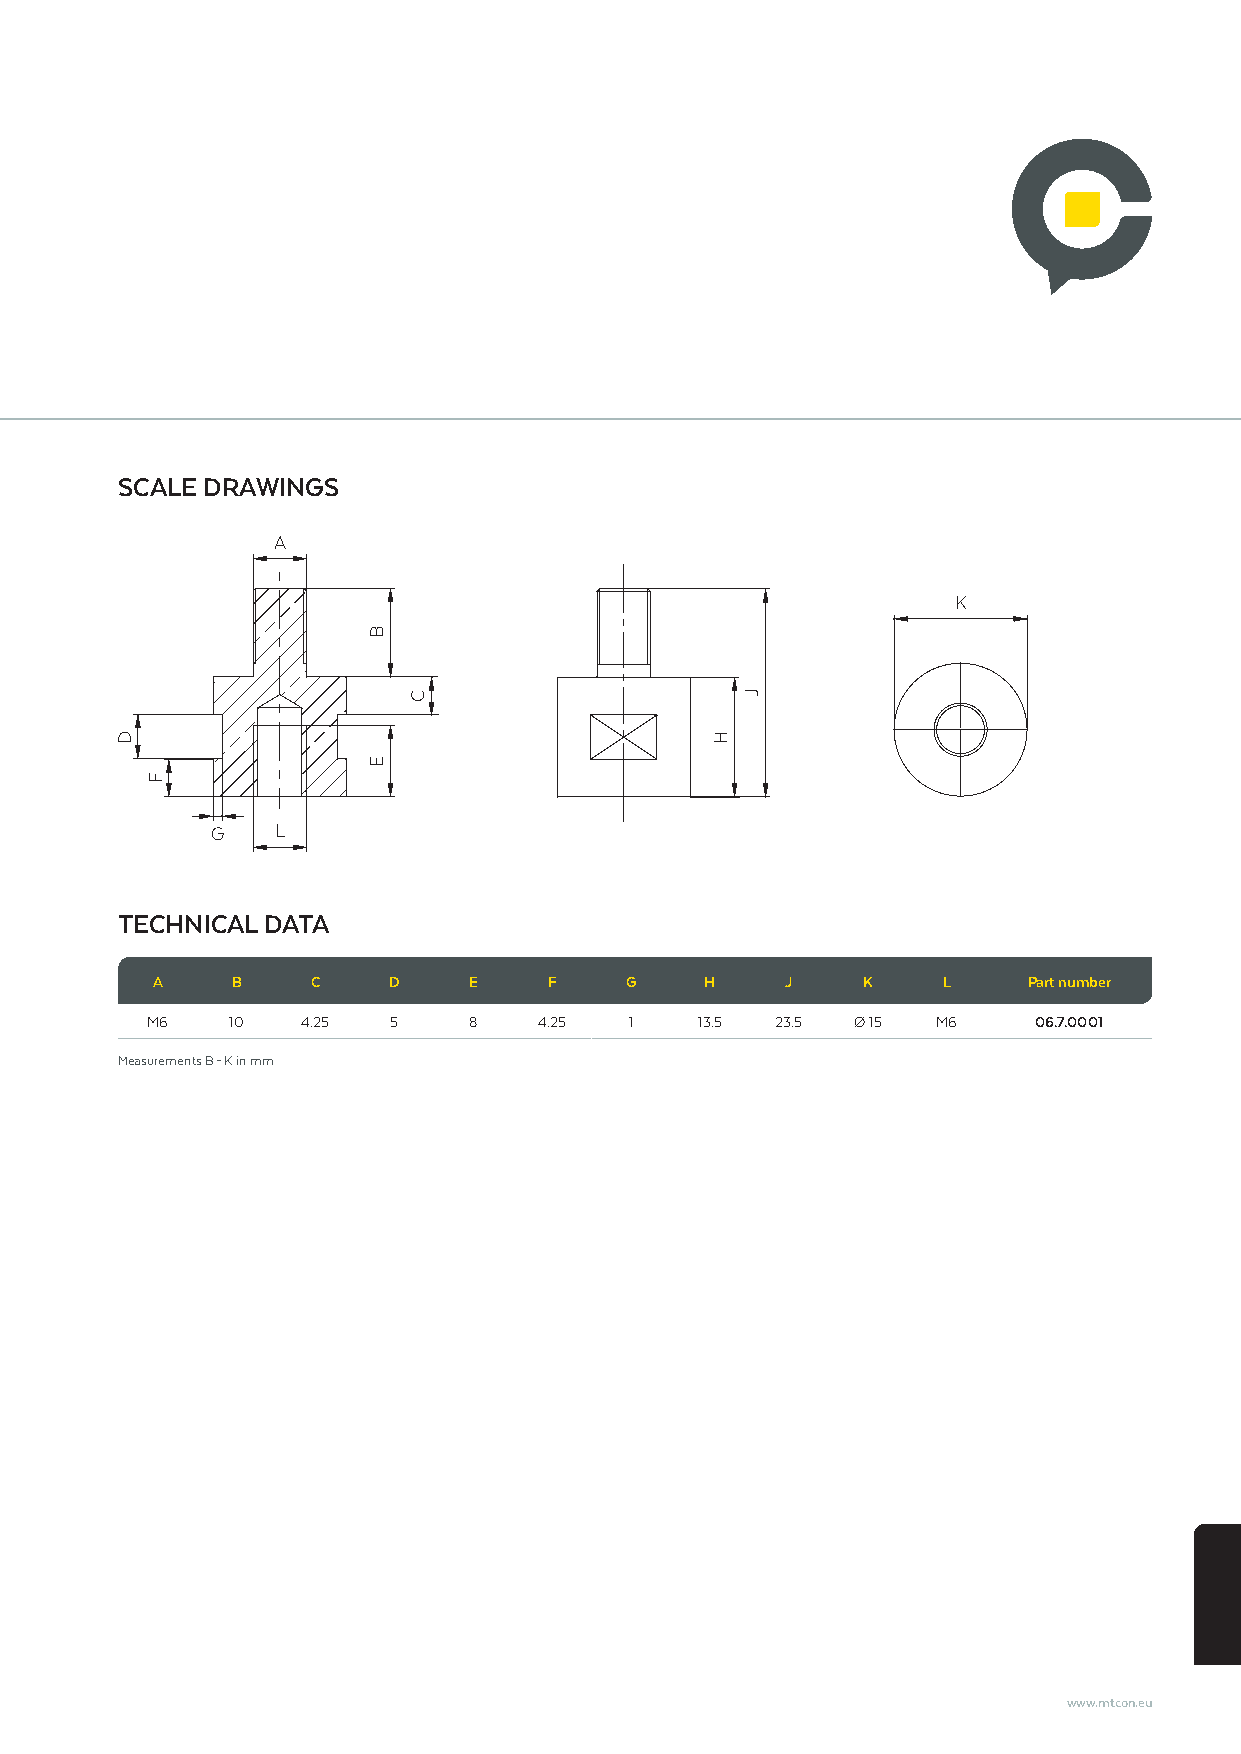
SCALE DRAWINGS
 A
 K
 G   L
 TECHNICAL DATA
 A    B     C    D    E    F    G     H    J    K    L     Part number
 M6   10   4.25  5    8    4.25  1   13.5 23.5 Ø 15  M6    06.7.0001
 Measurements B – K in mm
 www.mtcon.eu
 D
 F
 B
 E
 C
 H
 J